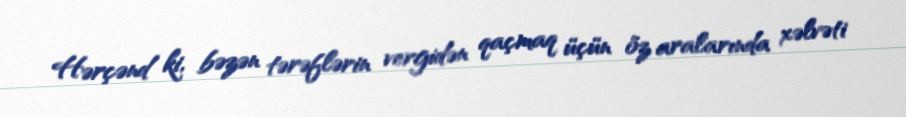
Hərçənd ki, bəzən tərəflərin vergidən qaçmaq üçün öz aralarında xəlvəti